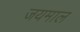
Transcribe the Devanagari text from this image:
जयमाल